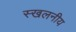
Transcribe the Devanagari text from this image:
स्खलनीय